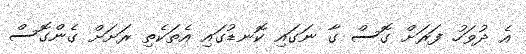
އެ ދުވަހު ފަރަށް ގޮސް ގާ ނަގައި ކޮނޑުގައި އެތަކެތި ރަށަށް ގެންގޮސް